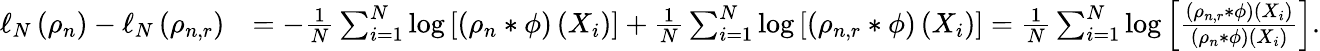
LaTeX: \begin{array}{rl}{\ell_{N}\left(\rho_{n}\right)-\ell_{N}\left(\rho_{n,r}\right)}&{=-\frac{1}{N}\sum_{i=1}^{N}\log\left[(\rho_{n}*\phi)\left(X_{i}\right)\right]+\frac{1}{N}\sum_{i=1}^{N}\log\left[(\rho_{n,r}*\phi)\left(X_{i}\right)\right]=\frac{1}{N}\sum_{i=1}^{N}\log\left[\frac{(\rho_{n,r}*\phi)\left(X_{i}\right)}{(\rho_{n}*\phi)\left(X_{i}\right)}\right].}\end{array}